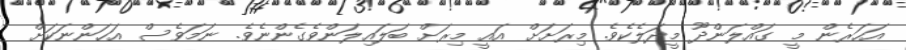
އަހަރެން މީ ގައްލަންދޫ މީދަލެކެވެ. މިރަށަށް އައީ މިރަށް ބަލައިލަންވެގެންނެވެ. ނަމަވެސް އަހަންނަކަށް